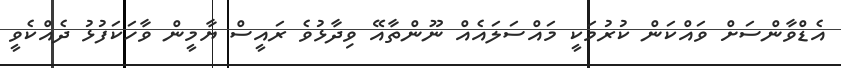
އެޑްވާންސަށް ވައްކަން ކުރުމަކީ މައްސަލައެއް ނޫންތާއޭ ވިދާޅުވެ ރައީސް ޔާމީން ވާހަކަފުޅު ދެއްކެވީ